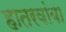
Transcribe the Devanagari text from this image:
हातरवांबा